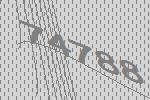
74788